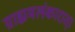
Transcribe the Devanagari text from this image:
ग्राह्ममलंकारात्।